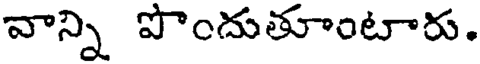
వాన్ని పొందుతూంటారు.